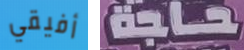
أفيقي حاجة